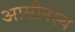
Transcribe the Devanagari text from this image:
आसीनस्य